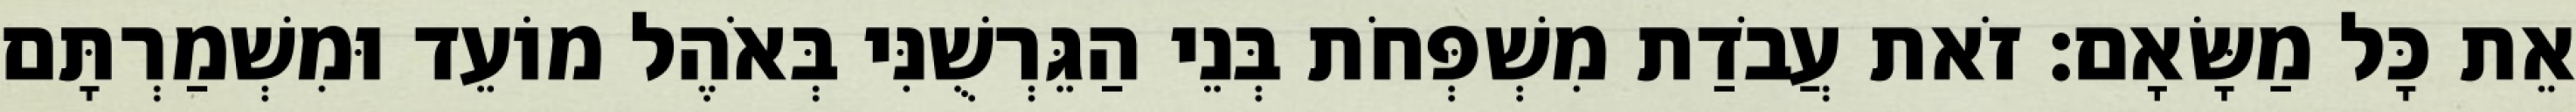
אֵת כָּל מַשָּׂאָם׃ זֹאת עֲבֹדַת מִשְׁפְּחֹת בְּנֵי הַגֵּרְשֻׁנִּי בְּאֹהֶל מוֹעֵד וּמִשְׁמַרְתָּם